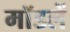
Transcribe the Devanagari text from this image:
मॉडलें